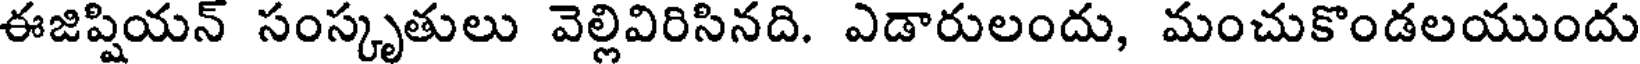
ఈజిప్షియన్ సంస్కృతులు వెల్లివిరిసినది. ఎడారులందు, మంచుకొండలయుందు